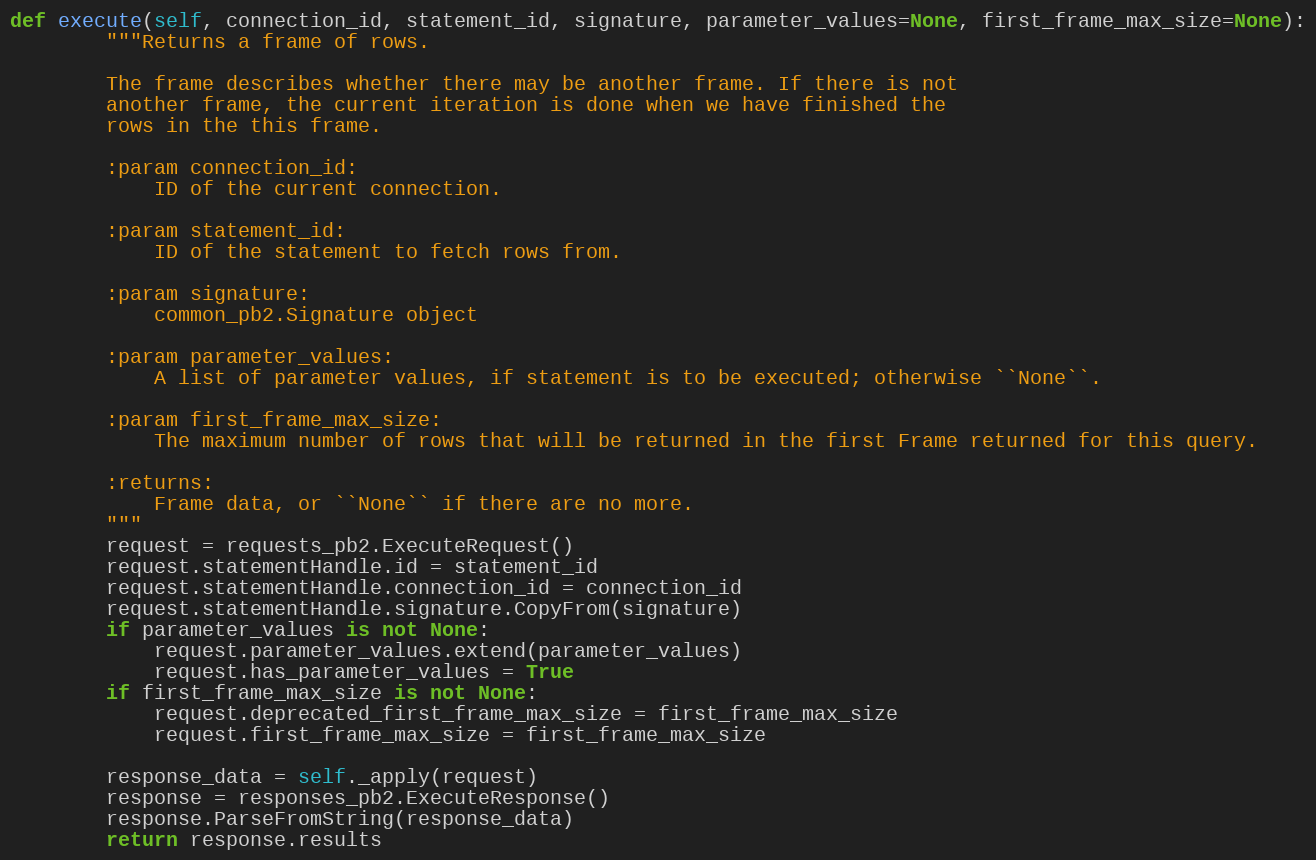
Language: Python
def execute(self, connection_id, statement_id, signature, parameter_values=None, first_frame_max_size=None):
        """Returns a frame of rows.

        The frame describes whether there may be another frame. If there is not
        another frame, the current iteration is done when we have finished the
        rows in the this frame.

        :param connection_id:
            ID of the current connection.

        :param statement_id:
            ID of the statement to fetch rows from.

        :param signature:
            common_pb2.Signature object

        :param parameter_values:
            A list of parameter values, if statement is to be executed; otherwise ``None``.

        :param first_frame_max_size:
            The maximum number of rows that will be returned in the first Frame returned for this query.

        :returns:
            Frame data, or ``None`` if there are no more.
        """
        request = requests_pb2.ExecuteRequest()
        request.statementHandle.id = statement_id
        request.statementHandle.connection_id = connection_id
        request.statementHandle.signature.CopyFrom(signature)
        if parameter_values is not None:
            request.parameter_values.extend(parameter_values)
            request.has_parameter_values = True
        if first_frame_max_size is not None:
            request.deprecated_first_frame_max_size = first_frame_max_size
            request.first_frame_max_size = first_frame_max_size

        response_data = self._apply(request)
        response = responses_pb2.ExecuteResponse()
        response.ParseFromString(response_data)
        return response.results